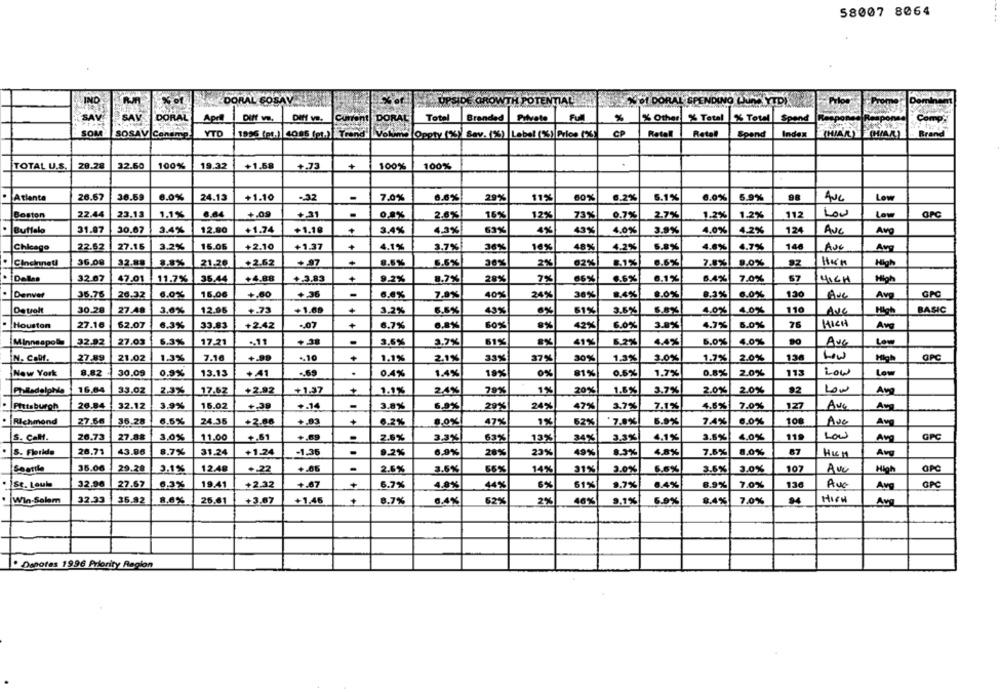
58007 8064
% of
DORAL GOSAV
UPSIDE GROWTH POTENTIAL
Jef DORAL SPENDING (UMA YTD
Pilot
Tome
Demin
DORAL
April
Diff ve.
Cunont DORAL
Total
Branded
Private
%
% Other
% Total
% Total
Spend
spon
Comp
CP
Spend
Brand
SOM
SOSAV Conamp
YTO
1956 (pt.) 4085 (pt.) Trend
Volume Oppty (%) Sav. (%) Lebel (%) Price (%)
Retall
Retel
Index
28.28
32.60
100%
19.32
+1.58
+.73
100%
TOTAL U.S.
100%
Atlanta
26.67
36.59
6.0%
24.13
+1.10
.- 32
-
7.0%
6.6%
29%
11%
60%
6.2%
5.1%
6.0%
5.9%
AUG
Low
Boston
22.44
23.13
1.1%
6.64
+,09
+.31
0,8%
2.6%
16%
12%
73%
0.7%
2.7%
1.2%
1.2%
112
Low
Low
31.97
30.07
3.4%
12.80
+1.74
+1.18
3.4%
4%
43%
4.0%
3.9%
4.2%
124
. Buffalo
4.3%
63%
4.0%
AvC
Avg
Chicago
22.62
27.15
3.2%
15.06
+2.10
+1.37
4.1%
3.7%
36%
16%
48%
4.2%
5.8%
4.6%
4.7%
148
Avo
Avg
Cineinneu
36.08
32.88
8.8%
21.26
+2.62
8.6%
6.5%
36%
62%
8.1%
6.6%
7.5%
9.0%
Hun
High
2%
Dallas
+4.88
+
57
32.67
47.01
11.7%
36.44
+3.83
92%
8.7%
28%
7%
66%
0.6%
6.1%
6.4%
7.0%
4ICH
High
Denver
36.76
26.32
6.0%
16.06
+.60
+ 36
7.8%
40%
24%
30%
8.4%
8.0%
8.3%
6.0%
130
Ave
Avg
Detroit
30.28
27.48
3.6%
12.96
+.75
+1.68
3,2%
6.5%
43%
61%
3.6%
4.0%
4.0%
110
Ave
High
BASIC
Houston
27.16
62.07
6.3%
33.83
+2.42
+
6.7%
6.8%
60%
42%
6.0%
3.8%
4.9%
6.0%
76
HIGH
Avg
Minneapolis
32.92
27.03
6.3%
17.21
., 11
+38
3.6%
3,7%
61%
41%
6.2%
4.4%
5.0%
4.0%
AUG
Low
IN. Calf.
27.89
21.02
1.3%
7.16
+.99
+,10
+
1.1%
2.1%
33%
37%
30%
1.3%
3.0%
1.7%
2.0%
136
High
OPC
New York
8.82
30,09
0.9%
13.13
+ 41
.. 69
.
0.4%
1.4%
19%
0%
81%
0.5%
1,7%
0.8%
2.0%
113
LOW
Low
16.04
33.02
2.3%
17.62
+2.92
+1.37
1.18
2,4%
79%
1%
20%
1.5%
3.7%
2.0%
2.0%
92
سّفا
Avg
Pittsburgh
26.84
32.12
3.9%
15.02
+.39
+.14
-
3.8%
6.9%
29%
24%
47%
3.7%
7.1%
4.6%
7.0%
127
Ave
Av
Richmond
27.66
36.28
6.6%
24.36
+2.00
+,03
+
6.2%
8.0%!
47%
1%
52%
'7.8%
6.9%
7.4%
6.0%
108
Ave
Avg
27.88
+,81
+,69
2.6%
3.3%
4.1%
11
Low
GPC
S. CaM.
26.73
3,0%
11.00
3,3%
63%
13%
34%
3.5%
4.0%
Avg
S. Florida
26.71
43.86
8.7%
31.24
+1.24
-1.36
9.2%
6,9%
20%
23%
49%
8.3%
4,8%
7.8%
8,0%
87
Avg
36.00
29.28
3.1%
12.40
.. 22
+.06
2.6%
3.6%
66%
14%
31%
2.0%
6.6%
3.6%
3.0%
107
ANC
High
OPC
1st. Louis
32.96
27.67
6.3%
19.41
+2.32
+.67
6.7%
4.8%
44%
6%
61%
9.7%
8.4%
8.9%
7.0%
136
Avo
Avg
GPC
|Win-Selem
32.33
36.92
8.6%
26.61
+3.67
+1.46
+
8.7%
6.4%
62%
2%
46%
9.1%
6.9%
0.4%
7.0%
HIGH
Avg
. Dapotes 1996 Priority Region